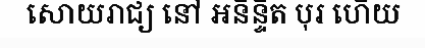
សោយរាជ្យ នៅ អនិន្ទិត បុរ ហើយ